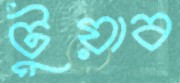
টুয়াব